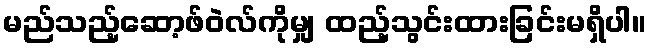
မည်သည့်ဆော့ဖ်ဝဲလ်ကိုမျှ ထည့်သွင်းထားခြင်းမရှိပါ။